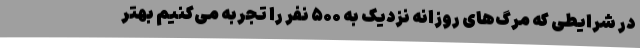
در شرایطی که مرگ‌های روزانه نزدیک به ۵۰۰ نفر را تجربه می‌کنیم بهتر